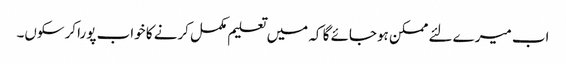
اب میرے لئے ممکن ہوجائے گا کہ میں تعلیم مکمل کرنے کا خواب پورا کرسکوں۔